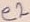
Text: e2